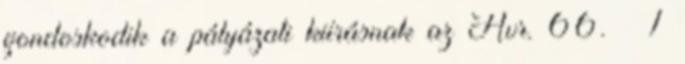
gondoskodik a pályázati kiírásnak az Ávr. 66. § 1